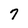
Character: 7